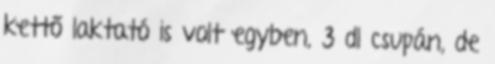
kettő laktató is volt egyben, 3 dl csupán, de